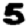
Digit: 5